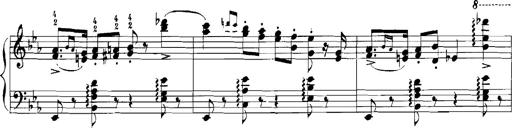
Title: Rhapsodies hongroises
Composer: Franz Liszt